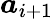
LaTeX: \boldsymbol{a}_{i+1}